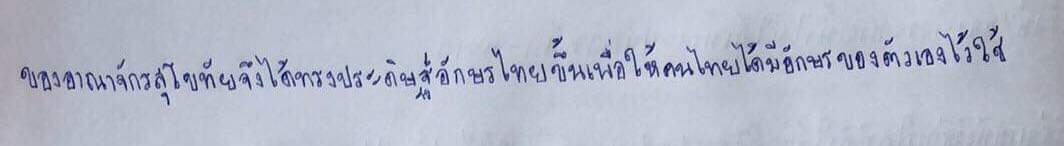
ของอาณาจักรสุโขทัยจึงได้ทรงประดิษฐ์อักษรไทยขึ้นเพื่อให้คนไทยได้มีอักษรของตัวเองไว้ใช้